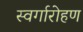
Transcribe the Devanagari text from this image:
स्‍वर्गारोहण